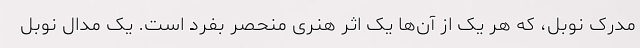
مدرک نوبل، که هر یک از آن‌ها یک اثر هنری منحصر بفرد است. یک مدال نوبل